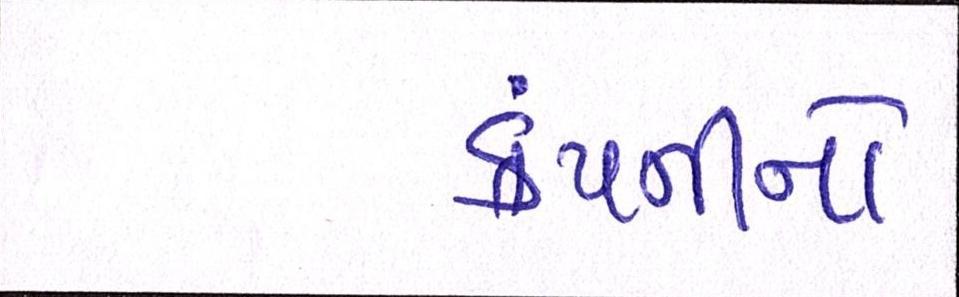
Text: કંપનીનો